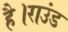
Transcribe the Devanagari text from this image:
है।राउंड